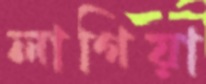
লাগিয়া